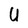
Character: U